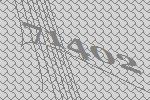
71402